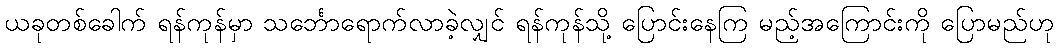
ယခုတစ်ခေါက် ရန်ကုန်မှာ သင်္ဘောရောက်လာခဲ့လျှင် ရန်ကုန်သို့ ပြောင်းနေကြ မည့်အကြောင်းကို ပြောမည်ဟု